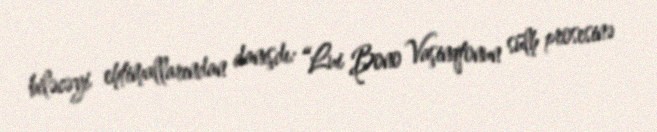
biləcəyi ehtimallarından danışdı: “Lui Bono Vaşinqtonun sülh prosesinə